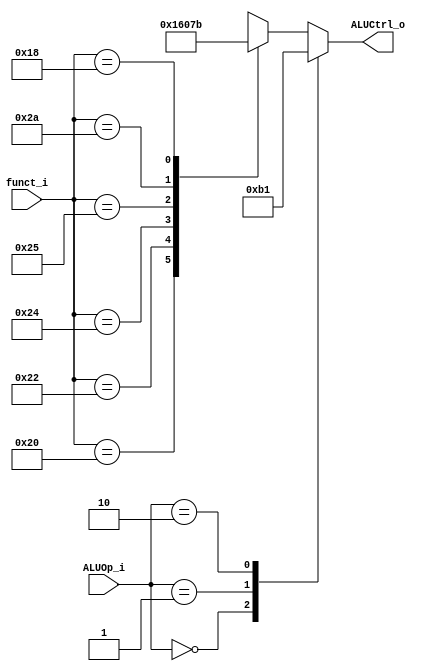
module ALU_Control(funct_i, ALUOp_i, ALUCtrl_o);
input  [5:0] funct_i;
input  [1:0] ALUOp_i;
output [2:0] ALUCtrl_o;
reg    [2:0] ALUCtrl_reg;

`define AND_Ctrl 3'b000
`define OR_Ctrl  3'b001
`define ADD_Ctrl 3'b010
`define SUB_Ctrl 3'b110
`define MUL_Ctrl 3'b011
`define SLT_Ctrl 3'b111

`define ADD_funct 6'b100000
`define SUB_funct 6'b100010
`define AND_funct 6'b100100
`define OR_funct  6'b100101
`define SLT_funct 6'b101010
`define MUL_funct 6'b011000
always @ (funct_i or ALUOp_i)
begin
    case(ALUOp_i)
    2'b00: ALUCtrl_reg = `ADD_Ctrl;
    2'b01: ALUCtrl_reg = `SUB_Ctrl;
    2'b10: ALUCtrl_reg = `OR_Ctrl;
    default: 
        begin
        case(funct_i)
            `ADD_funct: ALUCtrl_reg = `ADD_Ctrl;
            `SUB_funct: ALUCtrl_reg = `SUB_Ctrl;
            `AND_funct: ALUCtrl_reg = `AND_Ctrl;
            `OR_funct:  ALUCtrl_reg = `OR_Ctrl;
            `SLT_funct: ALUCtrl_reg = `SLT_Ctrl;
            `MUL_funct: ALUCtrl_reg = `MUL_Ctrl;
            default: ALUCtrl_reg = 3'bx;
        endcase
        end
    endcase
end

assign ALUCtrl_o = ALUCtrl_reg;
endmodule